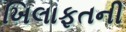
ખિલાફતની